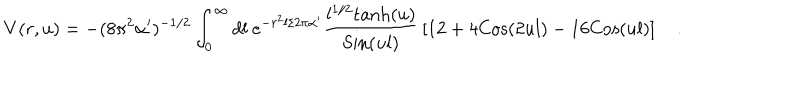
LaTeX: V ( r , u ) = - ( 8 \pi ^ { 2 } \alpha ^ { \prime } ) ^ { - 1 / 2 } \int _ { 0 } ^ { \infty } d l ~ e ^ { - r ^ { 2 } l / 2 \pi \alpha ^ { \prime } } { \frac { l ^ { 1 / 2 } \mathrm { t a n h } ( u ) } { \mathrm { S i n } ( u l ) } } \left[ 1 2 + 4 \mathrm { C o s } ( 2 u l ) - 1 6 \mathrm { C o s } ( u l ) \right] \quad .